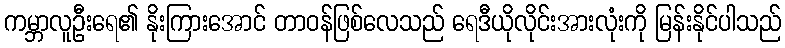
ကမ္ဘာလူဦးရေ၏ နိုးကြားအောင် တာဝန်ဖြစ်လေသည် ရေဒီယိုလိုင်းအားလုံးကို မြန်းနိုင်ပါသည်